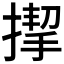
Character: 𢲞